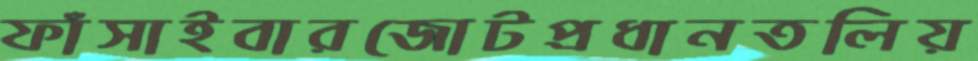
ফাঁসাইবারজোটপ্রধানতলিয়